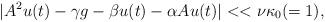
LaTeX: \begin{align*}|A^2u(t)-\gamma g-\beta u(t)-\alpha Au(t)|<<\nu\kappa_0(=1),\end{align*}